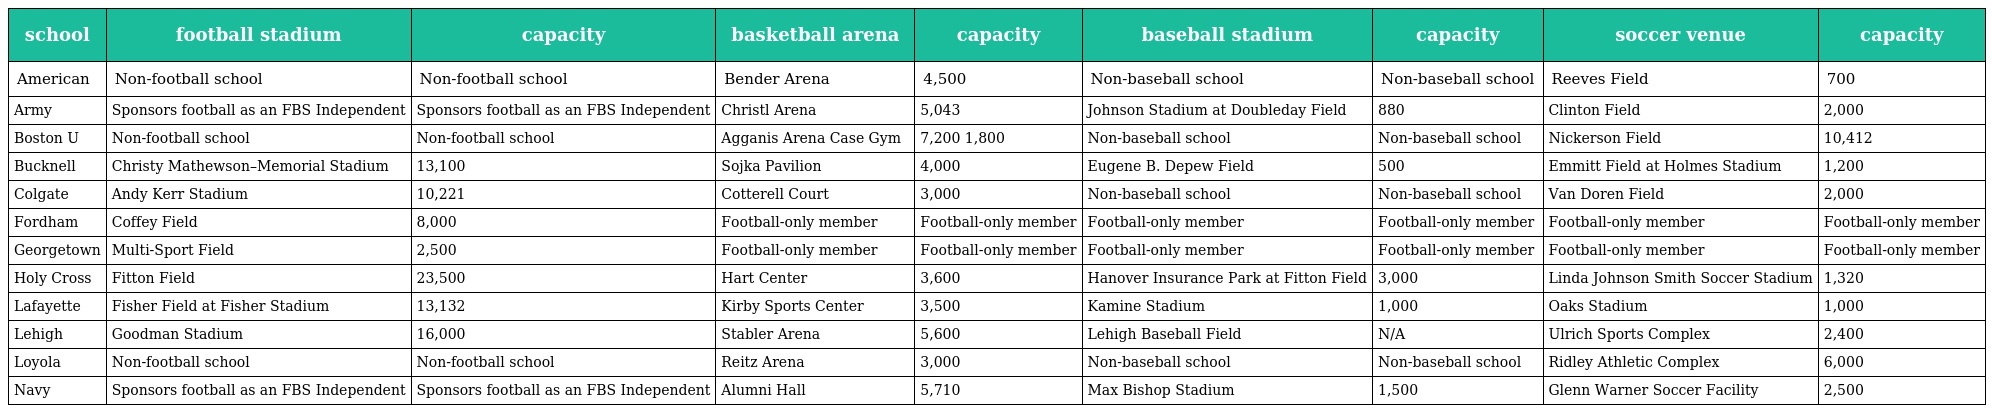
| school | football stadium | capacity | basketball arena | capacity | baseball stadium | capacity | soccer venue | capacity |
 | --- | --- | --- | --- | --- | --- | --- | --- | --- |
 | American | Non-football school | Non-football school | Bender Arena | 4,500 | Non-baseball school | Non-baseball school | Reeves Field | 700 |
 | Army | Sponsors football as an FBS Independent | Sponsors football as an FBS Independent | Christl Arena | 5,043 | Johnson Stadium at Doubleday Field | 880 | Clinton Field | 2,000 |
 | Boston U | Non-football school | Non-football school | Agganis Arena Case Gym | 7,200 1,800 | Non-baseball school | Non-baseball school | Nickerson Field | 10,412 |
 | Bucknell | Christy Mathewson–Memorial Stadium | 13,100 | Sojka Pavilion | 4,000 | Eugene B. Depew Field | 500 | Emmitt Field at Holmes Stadium | 1,200 |
 | Colgate | Andy Kerr Stadium | 10,221 | Cotterell Court | 3,000 | Non-baseball school | Non-baseball school | Van Doren Field | 2,000 |
 | Fordham | Coffey Field | 8,000 | Football-only member | Football-only member | Football-only member | Football-only member | Football-only member | Football-only member |
 | Georgetown | Multi-Sport Field | 2,500 | Football-only member | Football-only member | Football-only member | Football-only member | Football-only member | Football-only member |
 | Holy Cross | Fitton Field | 23,500 | Hart Center | 3,600 | Hanover Insurance Park at Fitton Field | 3,000 | Linda Johnson Smith Soccer Stadium | 1,320 |
 | Lafayette | Fisher Field at Fisher Stadium | 13,132 | Kirby Sports Center | 3,500 | Kamine Stadium | 1,000 | Oaks Stadium | 1,000 |
 | Lehigh | Goodman Stadium | 16,000 | Stabler Arena | 5,600 | Lehigh Baseball Field | N/A | Ulrich Sports Complex | 2,400 |
 | Loyola | Non-football school | Non-football school | Reitz Arena | 3,000 | Non-baseball school | Non-baseball school | Ridley Athletic Complex | 6,000 |
 | Navy | Sponsors football as an FBS Independent | Sponsors football as an FBS Independent | Alumni Hall | 5,710 | Max Bishop Stadium | 1,500 | Glenn Warner Soccer Facility | 2,500 |